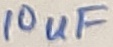
Text: 10uF